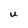
Character: U